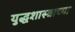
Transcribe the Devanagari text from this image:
युद्धशास्त्राच्या